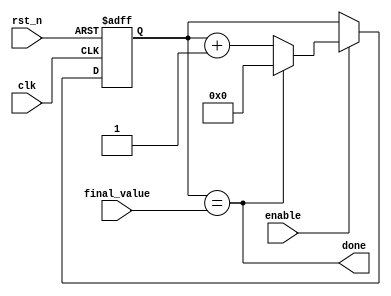
module timer #(parameter bits = 4)(
input clk, rst_n,enable,
input [bits-1 : 0] final_value,
output done
	);
reg [bits-1 : 0] count;

always @(posedge clk , negedge rst_n) begin
	if (!rst_n) begin
		count <= 0;
	end
	else if (enable) begin
	    if (done) count <= 0 ;
	    else count <= count + 1 ;
	end
	else begin
		count <= count ;	
	end
end

assign done = (count == final_value);

endmodule


module timer_tb ();
parameter bits = 15;
parameter T = 10;
reg clk, rst_n,enable;
reg [bits-1:0] final_value;
wire done;

timer #(.bits(bits)) dut (.clk(clk), .enable(enable),.rst_n(rst_n), .done(done),.final_value(final_value));

always #(T/2) clk = ~clk;

initial begin
enable = 1;
rst_n = 0;
clk   = 0;
final_value = 255;
#(T/2);
rst_n = 1;
# 25555;
$stop;
end
endmodule